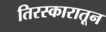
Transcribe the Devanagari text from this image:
तिरस्कारातून